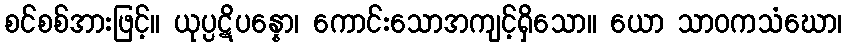
စင်စစ်အားဖြင့်။ ယုပ္ပဋိပန္နော၊ ကောင်းသောအကျင့်ရှိသော။ ယော သာဝကသံဃော၊